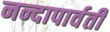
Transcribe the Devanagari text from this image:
नन्दापार्वती